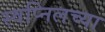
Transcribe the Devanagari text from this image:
स्वप्निलच्या